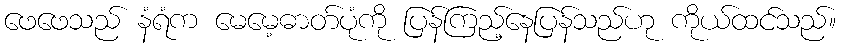
ဖေဖေသည် နံရံက မေမေ့ဓာတ်ပုံကို ပြန်ကြည့်နေပြန်သည်ဟု ကိုယ်ထင်သည်။